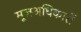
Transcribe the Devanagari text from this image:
मूलअधिकारों